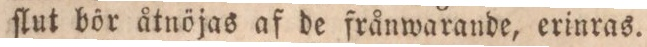
ſlut bör åtnöjas af de frånwarande, erinras.